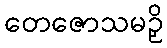
တေဇောသမဉှိ